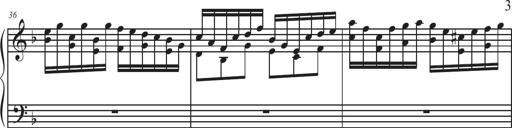
Title: Sonatina Espania
Composer: Jerald Franklin Archer
Key: Various